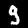
Label: 9